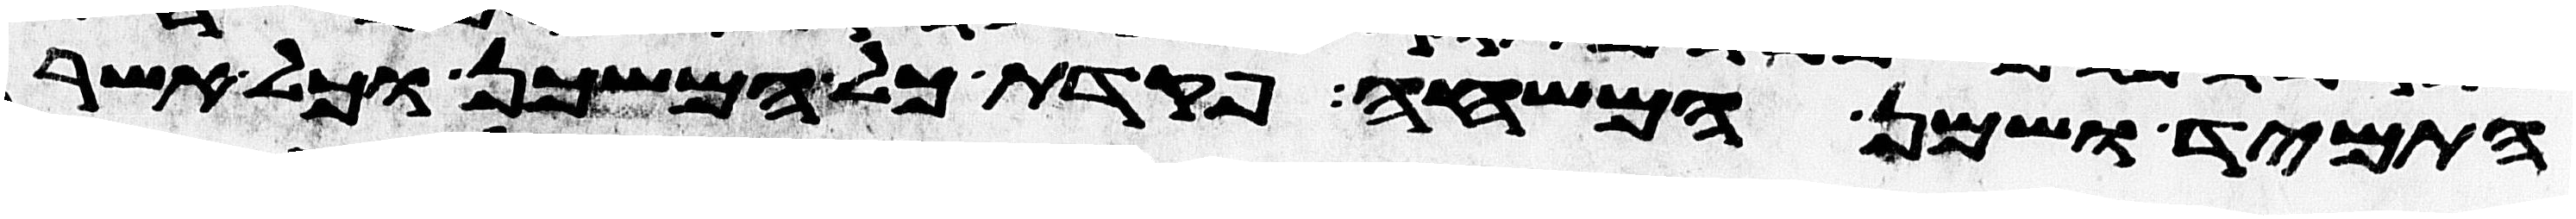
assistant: התמיד ושמן המשחה פקדת כל המשכן וכל אשר